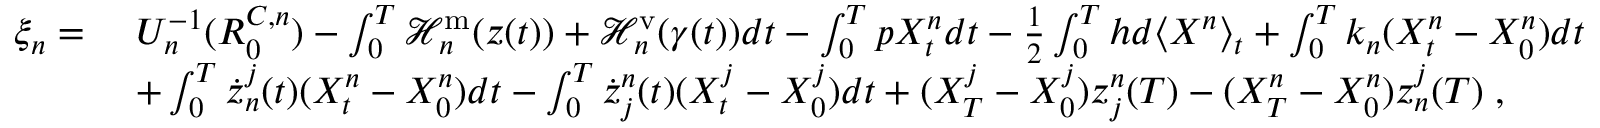
\begin{array} { r l } { \xi _ { n } = ~ } & { U _ { n } ^ { - 1 } ( R _ { 0 } ^ { C , n } ) - \int _ { 0 } ^ { T } \mathcal { H } _ { n } ^ { \mathrm { m } } ( z ( t ) ) + \mathcal { H } _ { n } ^ { \mathrm { v } } ( \gamma ( t ) ) d t - \int _ { 0 } ^ { T } p X _ { t } ^ { n } d t - \frac 1 2 \int _ { 0 } ^ { T } h d \langle X ^ { n } \rangle _ { t } + \int _ { 0 } ^ { T } k _ { n } ( X _ { t } ^ { n } - X _ { 0 } ^ { n } ) d t } \\ & { + \int _ { 0 } ^ { T } \dot { z } _ { n } ^ { j } ( t ) ( X _ { t } ^ { n } - X _ { 0 } ^ { n } ) d t - \int _ { 0 } ^ { T } \dot { z } _ { j } ^ { n } ( t ) ( X _ { t } ^ { j } - X _ { 0 } ^ { j } ) d t + ( X _ { T } ^ { j } - X _ { 0 } ^ { j } ) z _ { j } ^ { n } ( T ) - ( X _ { T } ^ { n } - X _ { 0 } ^ { n } ) z _ { n } ^ { j } ( T ) \; , } \end{array}